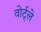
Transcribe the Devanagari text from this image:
वोर्ट्ले